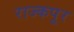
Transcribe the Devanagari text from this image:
राज्कपूर